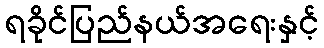
ရခိုင်ပြည်နယ်အရေးနှင့်